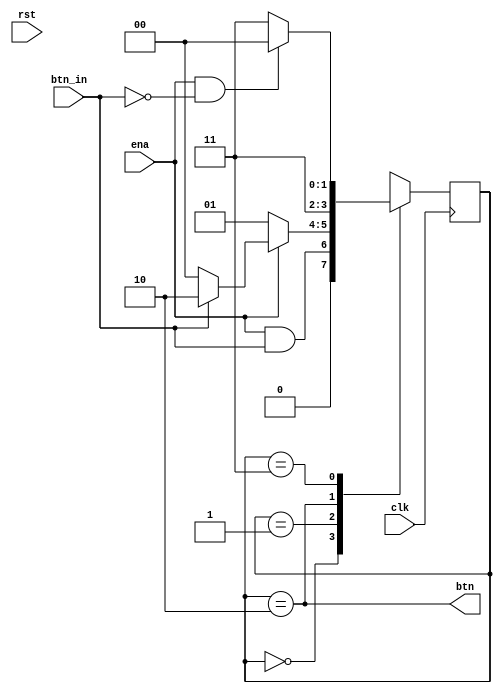
`timescale 1ns / 1ps
//////////////////////////////////////////////////////////////////////////////////
// Company: 
// Engineer: 
// 
// Design Name: 
// Module Name: btn_dbc
// Project Name: 
// Target Devices: 
// Tool Versions: 
// Description: 
// 
// Dependencies: 
// 
// Revision:
// Revision 0.01 - File Created
// Additional Comments:
// 
//////////////////////////////////////////////////////////////////////////////////


module btn_dbc(
input clk,
input btn_in,
input rst,
input ena,
output btn
    );
    reg [1:0] debounce;
    
    always @ (posedge clk) begin
        if (rst) begin
            debounce <= 0;
        end
        begin
            case (debounce)
                0: debounce <= ena && btn_in;
                1: debounce <= ~ena ? 1 : (btn_in ? 2:0);
                2: debounce <= 3;
                3: debounce <= (ena &&~btn_in) ? 0:3;
                default: debounce <= 0;
            endcase
        end
    end
    assign btn = debounce == 2;
    
endmodule